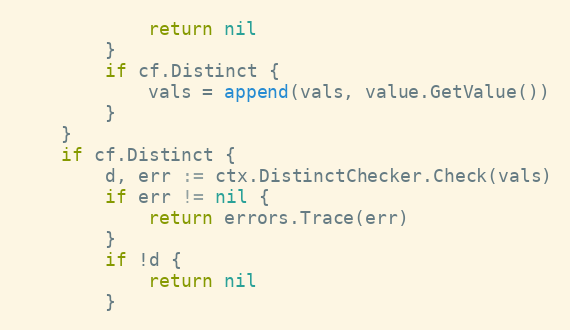
Language: Go
			return nil
		}
		if cf.Distinct {
			vals = append(vals, value.GetValue())
		}
	}
	if cf.Distinct {
		d, err := ctx.DistinctChecker.Check(vals)
		if err != nil {
			return errors.Trace(err)
		}
		if !d {
			return nil
		}